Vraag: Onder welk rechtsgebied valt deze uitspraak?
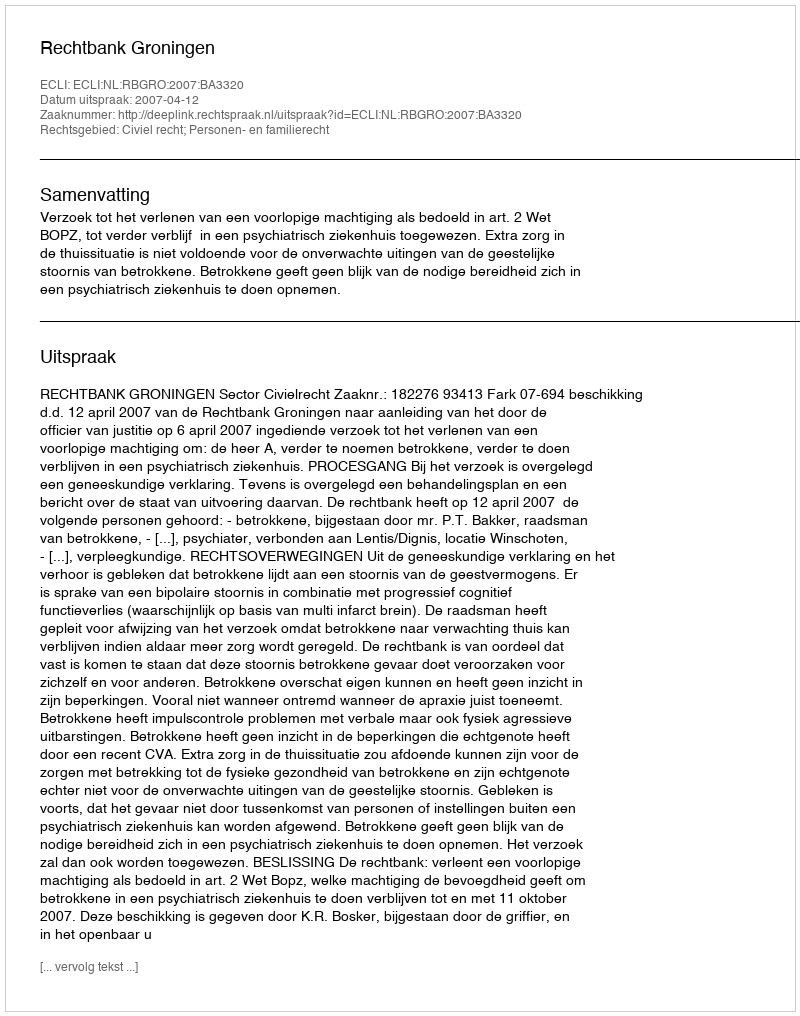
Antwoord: Civiel recht; Personen- en familierecht